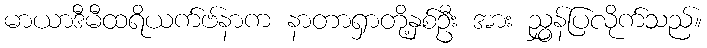
မာယာဒီမီထရိယက်ဗ်နာက နာတာရှာတို့နှစ်ဦး အား ညွှန်ပြလိုက်သည်။